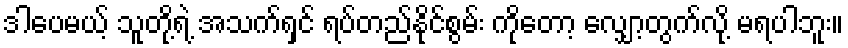
ဒါပေမယ့် သူတို့ရဲ့ အသက်ရှင် ရပ်တည်နိုင်စွမ်း ကိုတော့ လျှော့တွက်လို့ မရပါဘူး။